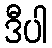
ဒီပါ